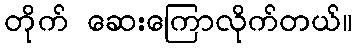
တိုက် ဆေးကြောလိုက်တယ်။